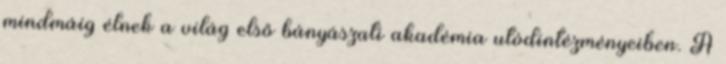
mindmáig élnek a világ első bányászati akadémia utódintézményeiben. A